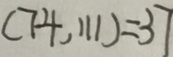
( 7 4 , 1 1 1 ) = 3 7